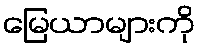
မြေယာများကို